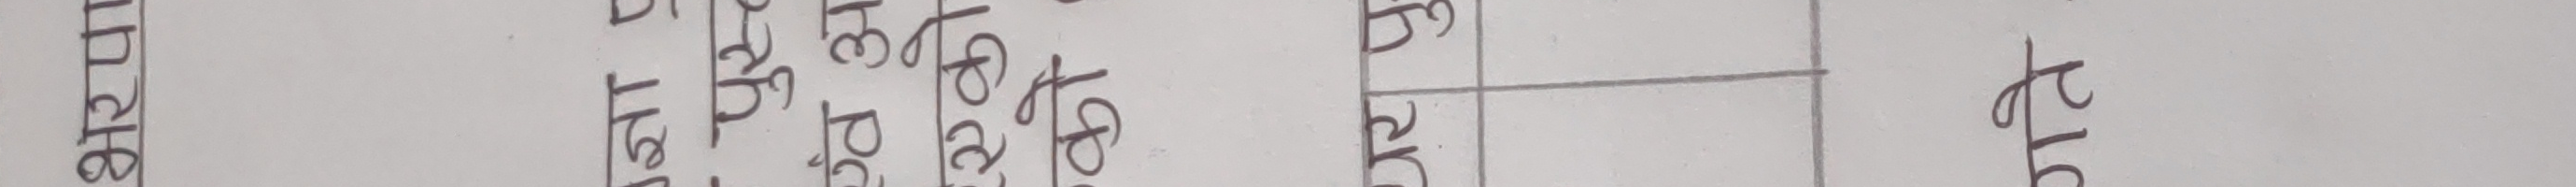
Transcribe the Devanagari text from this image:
भरपाई प्रति दर रकम कैफियत